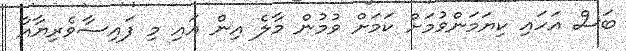
ބަސް އަހައި ކިޔަމަންވުމަށް ކަމަށް ވުމުން މާލެ އިން އައި މި ފައިސާވެރިޔާއާ